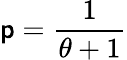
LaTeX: \mathsf{p}=\frac{{1}}{{\theta+1}}